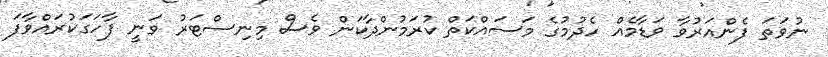
ނުވަތަ ފެންއަރުވާ ވަޑާމެއް ހެދުމުގެ މަސައްކަތް ކުރަމުންދާކަން ވެސް މިނިސްޓަރު ވަނީ ފާހަގަކުރައްވާފަ